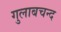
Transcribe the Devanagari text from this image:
गुलाबचन्द